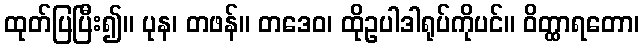
ထုတ်ပြပြီး၍။ ပုန၊ တဖန်။ တဒေဝ၊ ထိုဥပါဒါရုပ်ကိုပင်။ ဝိတ္ထာရတော၊